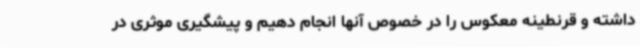
داشته و قرنطینه معکوس را در خصوص آنها انجام دهیم و پیشگیری موثری در